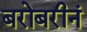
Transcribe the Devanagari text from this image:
बरोबरीनं